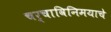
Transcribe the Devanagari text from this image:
चर्चाविनिमयाचे